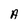
Character: A